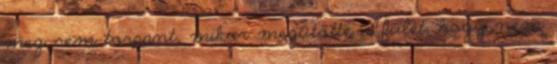
meg sem torpant, mikor megütötte a fülét, hogy nem